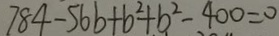
7 8 4 - 5 6 b + b ^ { 2 } + b ^ { 2 } - 4 0 0 = 0